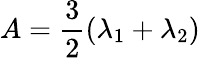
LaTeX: A=\frac{3}{2}\left(\lambda_{1}+\lambda_{2}\right)